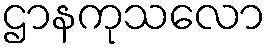
ဌာနကုသလော